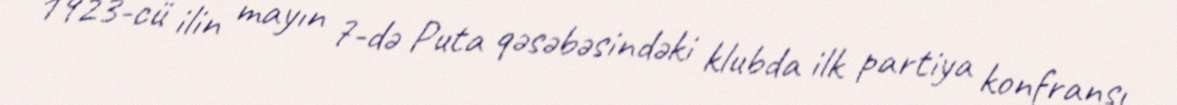
1923-cü ilin mayın 7-də Puta qəsəbəsindəki klubda ilk partiya konfransı